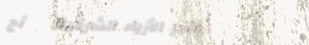
متجر الأزياء الشرقية   أح